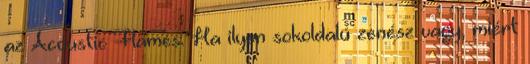
az Acoustic Flames. Ha ilyen sokoldalú zenész vagy, miért